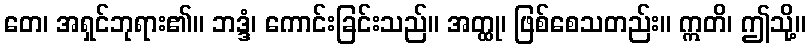
တေ၊ အရှင်ဘုရား၏။ ဘဒ္ဒံ၊ ကောင်းခြင်းသည်။ အတ္ထု၊ ဖြစ်စေသတည်း။ ဣတိ၊ ဤသို့။